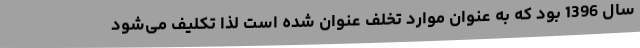
سال 1396 بود که به عنوان موارد تخلف عنوان شده است لذا تکلیف می‌شود